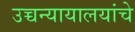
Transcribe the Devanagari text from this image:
उच्चन्यायालयांचे